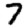
Digit: 7